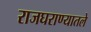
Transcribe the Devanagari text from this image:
राजघराण्यातले